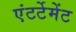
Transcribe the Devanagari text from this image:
एंटर्टेमेंट